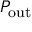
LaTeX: P _ { \mathrm { o u t } }